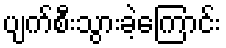
ပျက်စီးသွားခဲ့ကြောင်း